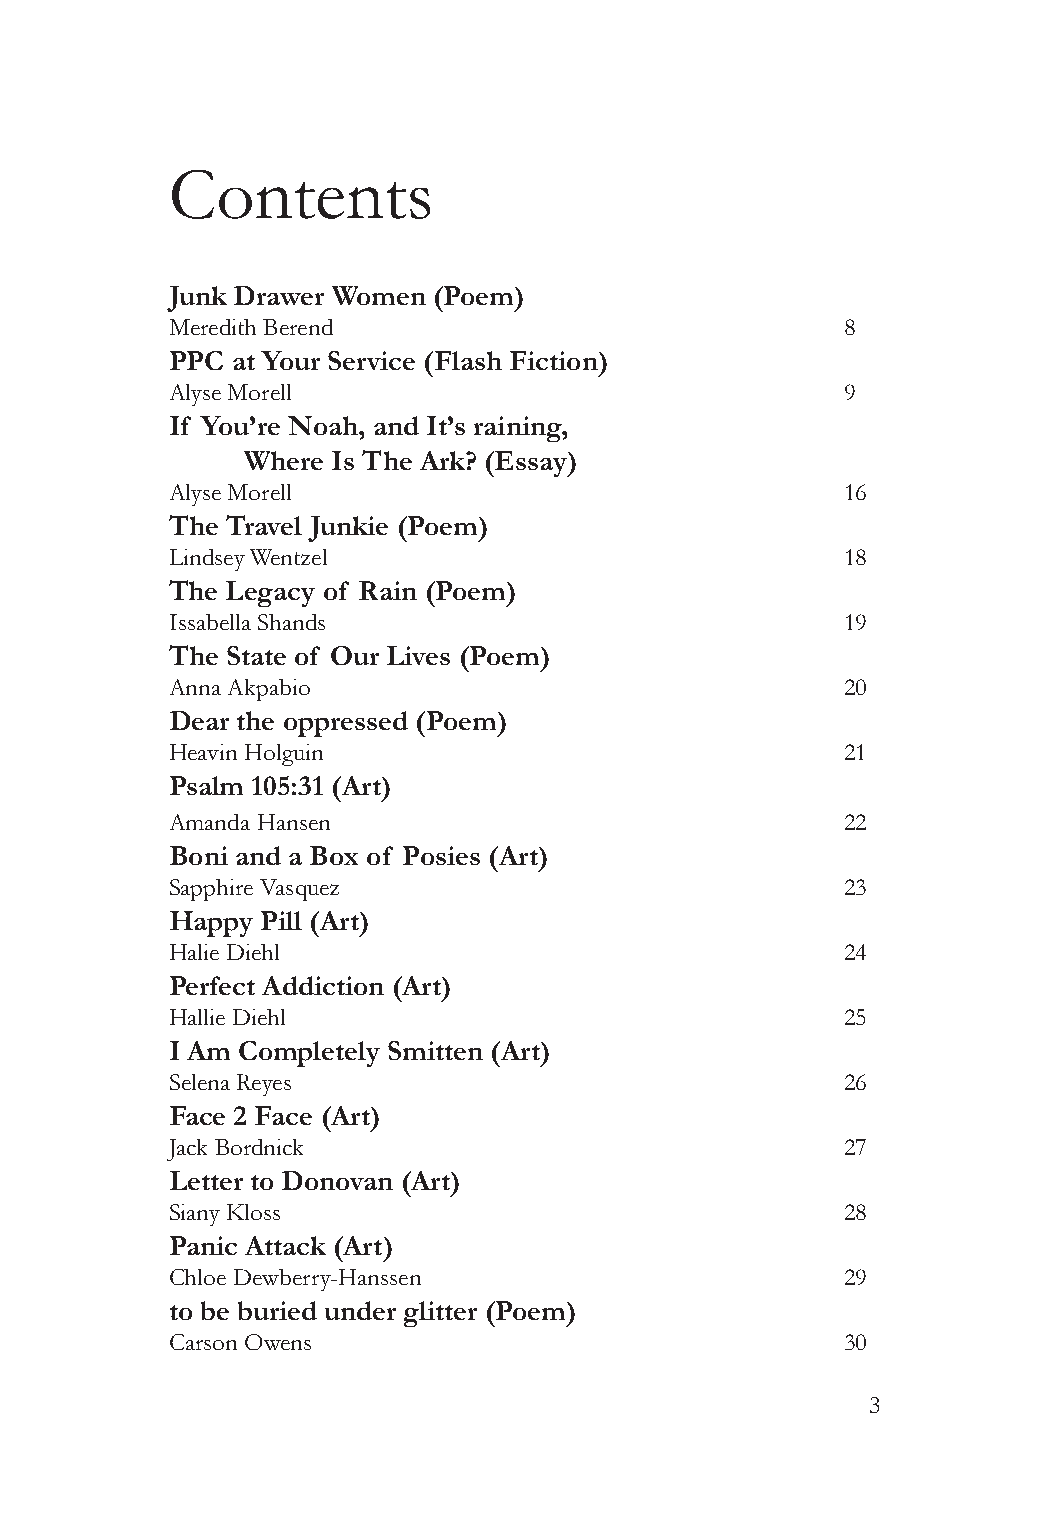
Contents
 Junk Drawer Women (Poem)
 Meredith Berend                              8
 PPC at Your Service (Flash Fiction)
 Alyse Morell                                 9
 If You’re Noah, and It’s raining,
 Where Is The Ark? (Essay)
 Alyse Morell                                 16
 The Travel Junkie (Poem)
 Lindsey Wentzel                              18
 The Legacy of Rain (Poem)
 Issabella Shands                             19
 The State of Our Lives (Poem)
 Anna Akpabio                                 20
 Dear the oppressed (Poem)
 Heavin Holguin                               21
 Psalm 105:31 (Art)
 Amanda Hansen                                22
 Boni and a Box of Posies (Art)
 Sapphire Vasquez                             23
 Happy Pill (Art)
 Halie Diehl                                  24
 Perfect Addiction (Art)
 Hallie Diehl                                 25
 I Am Completely Smitten (Art)
 Selena Reyes                                 26
 Face 2 Face (Art)
 Jack Bordnick                                27
 Letter to Donovan (Art)
 Siany Kloss                                  28
 Panic Attack (Art)
 Chloe Dewberry-Hanssen                       29
 to be buried under glitter (Poem)
 Carson Owens                                 30
 3